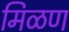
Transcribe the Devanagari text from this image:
मिळण